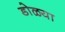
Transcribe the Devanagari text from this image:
डोळ्या